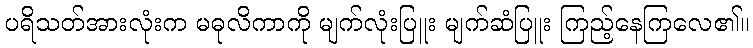
ပရိသတ်အားလုံးက မဓုလိကာကို မျက်လုံးပြူး မျက်ဆံပြူး ကြည့်နေကြလေ၏။